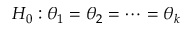
H _ { 0 } : \theta _ { 1 } = \theta _ { 2 } = \cdots = \theta _ { k }